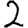
Digit: 2